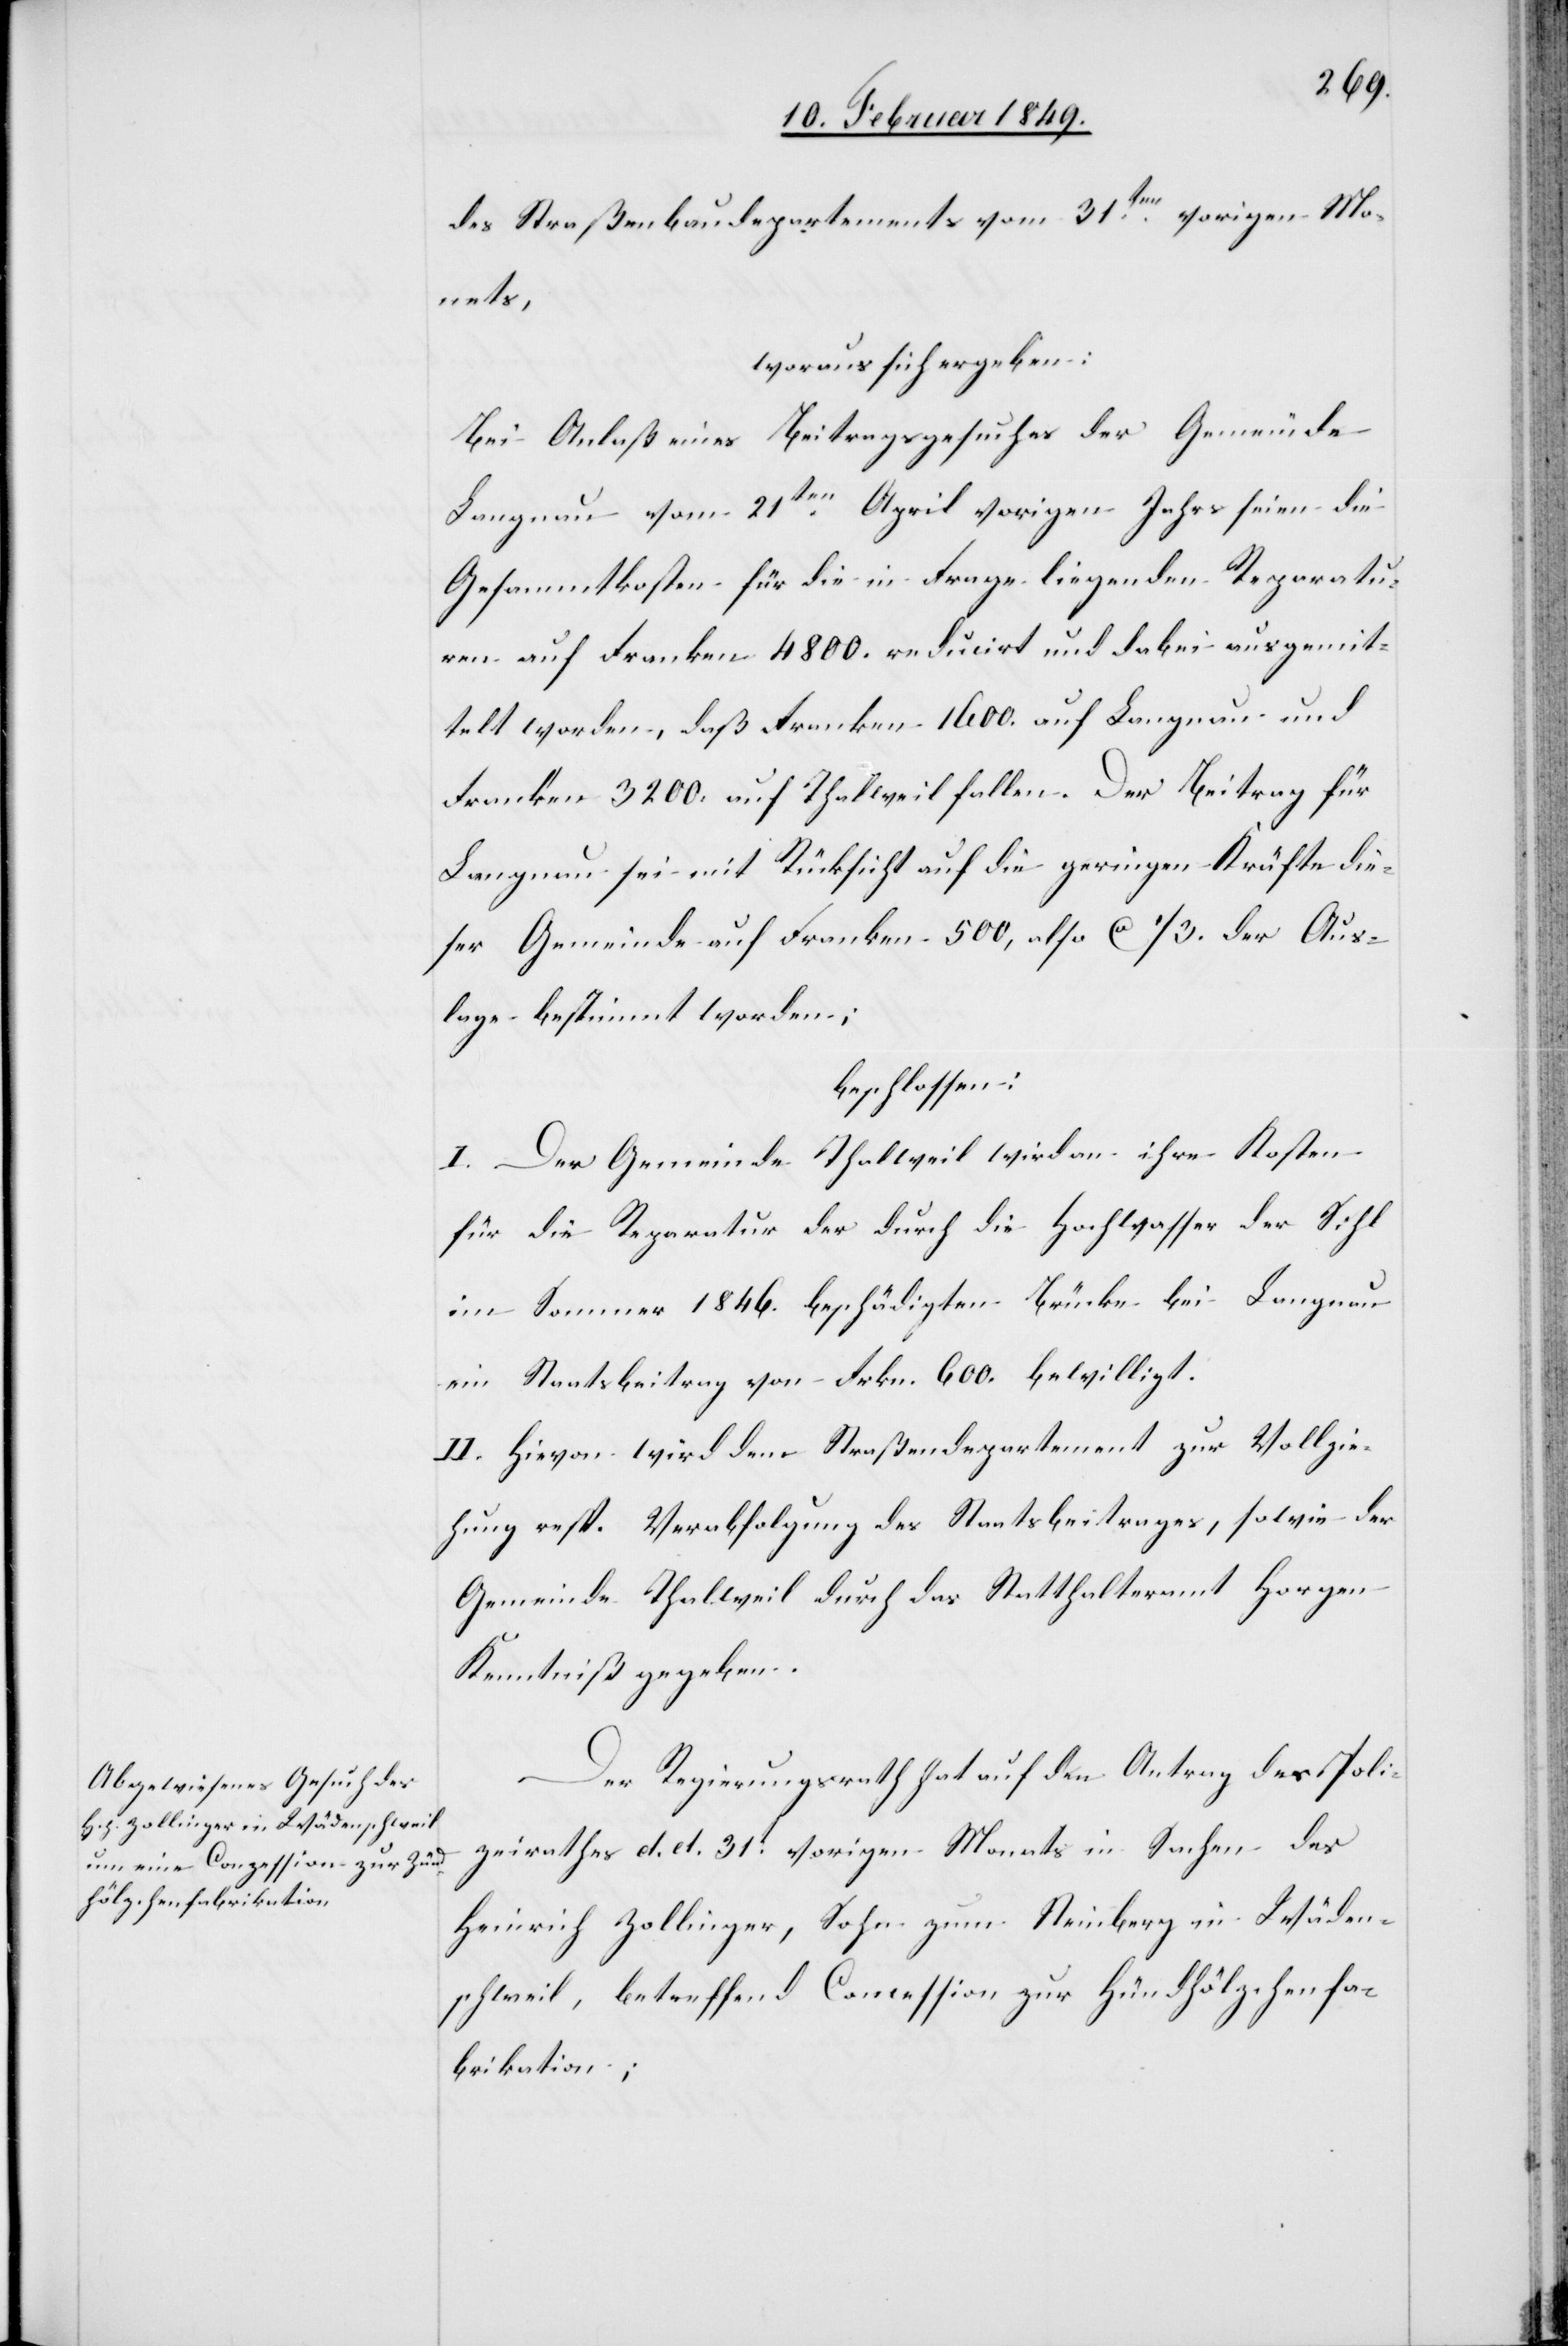
des Straßenbaudepartements vom 31ten. vorigen Mo¬
nats,
woraus sich ergeben:
Bei Anlaß eines Beitragsgesuches der Gemeinde
Langnau vom 21ten. April vorigen Jahrs seien die
Gesammtkosten für die in Frage liegenden Reparatu¬
ren auf Franken 4800. reducirt und dabei ausgemit¬
telt worden, daß Franken 1600. auf Langnau und
Franken 3200. auf Thalweil fallen. Der Beitrag für
Langnau sei mit Rücksicht auf die geringen Kräfte die¬
ser Gemeinde auf Franken 500, also ca 1/3. der Aus¬
lage bestimmt worden;
beschlossen:
I. Der Gemeinde Thalweil wird an ihre Kosten
für die Reparatur der durch die Hochwasser der Sihl
im Sommer 1846. beschädigten Brücke bei Langnau
ein Staatsbeitrag von Frkn. 600. bewilligt.
II. Hievon wird dem Straßendepartement zur Vollzie¬
hung resp. Verabfolgung des Staatsbeitrages, sowie der
Gemeinde Thalweil durch das Statthalteramt Horgen
Kenntniß gegeben.
Der Regierungsrath hat auf den Antrag des Poli¬
zeirathes d. d. 31t. vorigen Monats in Sachen des
Heinrich Zollinger, Sohn zum Steinberg in Wäden¬
schweil, betreffend Concession zur Hündhölzchenfa¬
brikation